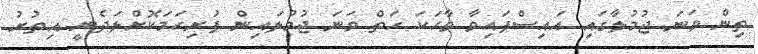
ތިން ވަނަ ޖުމުލާގައި އައިސްފައިވާ ވާހަކަ ހަތް ވަނަ ޖުމުލައިން ފުރިހަމަކޮށްލަދެނީ އިތުރު